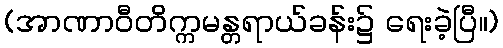
(အာဏာဝီတိက္ကမန္တရာယ်ခန်း၌ ရေးခဲ့ပြီ။)